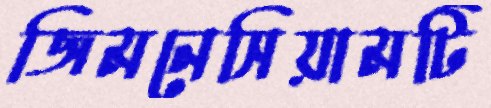
জিমনেসিয়ামটি